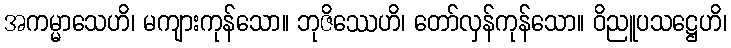
အကမ္မာသေဟိ၊ မကျားကုန်သော။ ဘုဇိဿေဟိ၊ တော်လှန်ကုန်သော။ ဝိညူပသဋ္ဌေဟိ၊